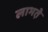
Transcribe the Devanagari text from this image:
लाभते़